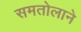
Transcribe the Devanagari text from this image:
समतोलाने